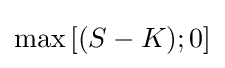
\max \left[(S-K);0\right]